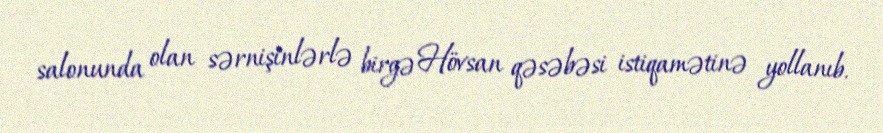
salonunda olan sərnişinlərlə birgə Hövsan qəsəbəsi istiqamətinə yollanıb.